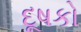
દૂષકો